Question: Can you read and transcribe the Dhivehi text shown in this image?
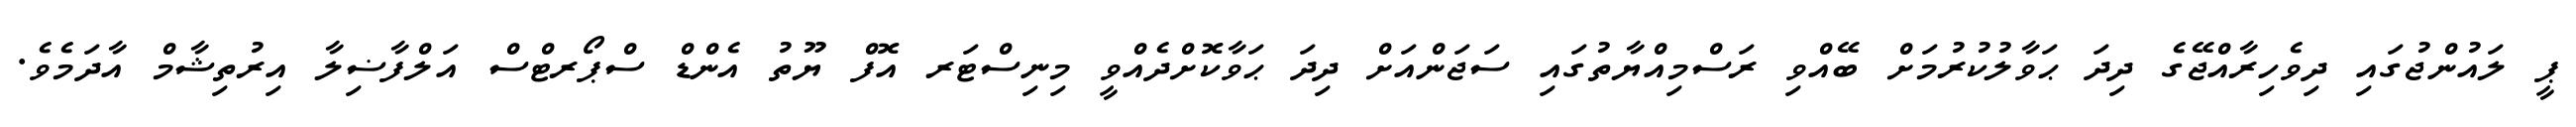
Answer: ޕީ ލައުންޖުގައި ދިވެހިރާއްޖޭގެ ދިދަ ޙަވާލުކުރުމަށް ބޭއްވި ރަސްމިއްޔާތުގައި ސަޖަންއަށް ދިދަ ޙަވާކޮށްދެއްވީ މިނިސްޓަރ އޮފް ޔޫތު އެންޑް ސްޕޯރޓްސް އަލްފާޟިލާ އިރުތިޝާމް އާދަމެވެ.